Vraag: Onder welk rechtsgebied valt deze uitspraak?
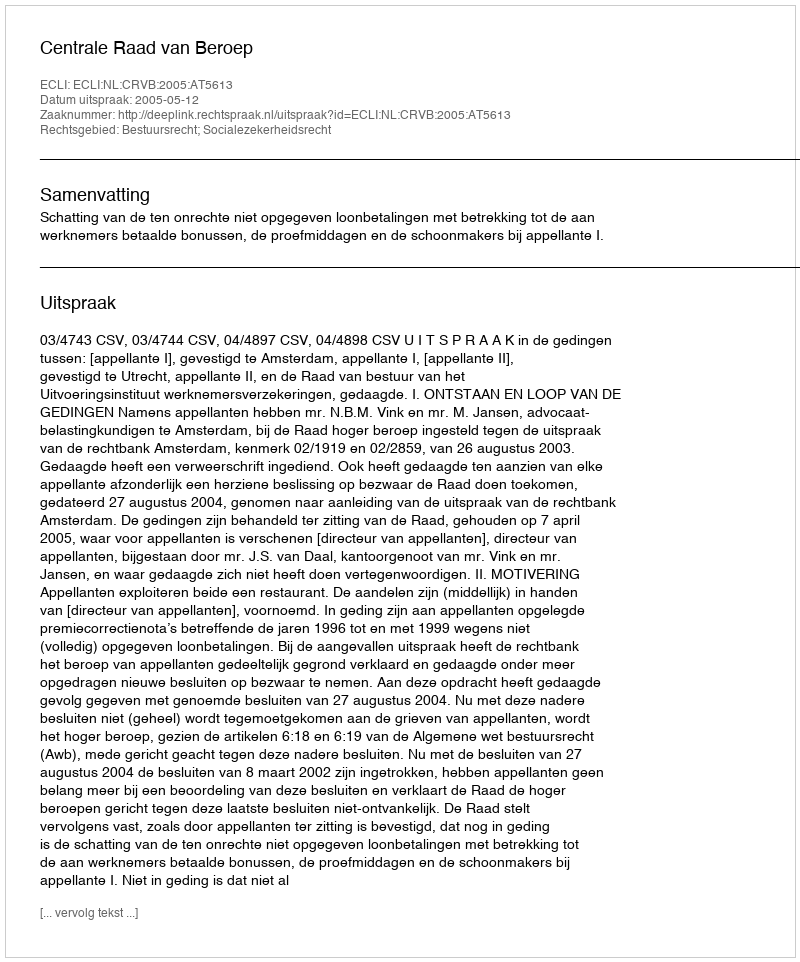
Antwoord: Bestuursrecht; Socialezekerheidsrecht